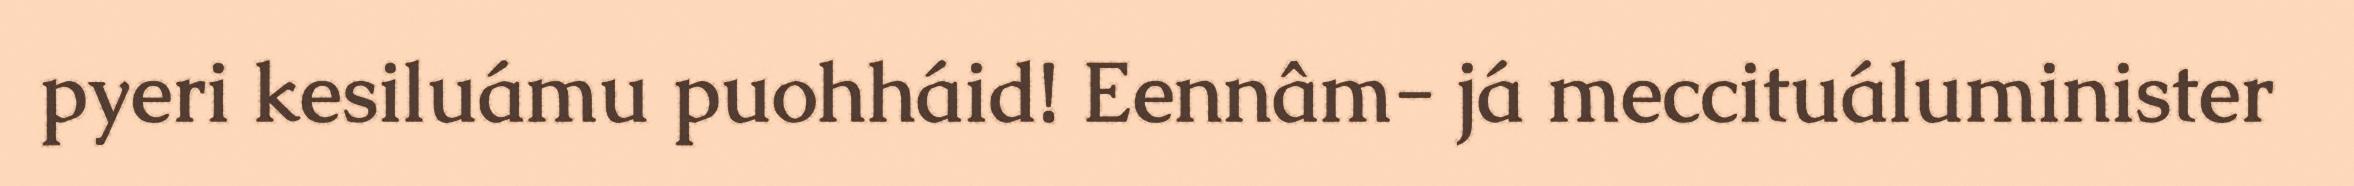
pyeri kesiluámu puohháid! Eennâm- já meccituáluminister